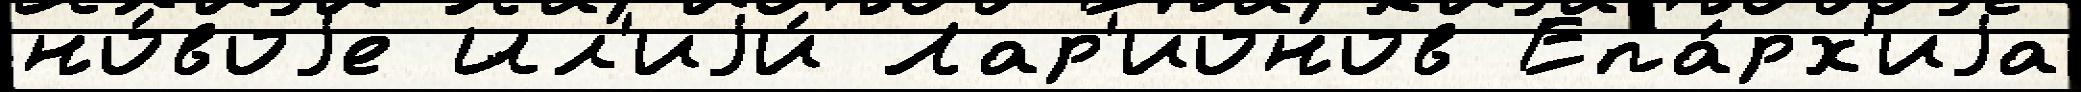
но́воjе Ил'иjи́ Лар'ионов Епа́рх'иjа